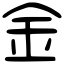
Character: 金